Tartu_linnavalitsus, lk 15
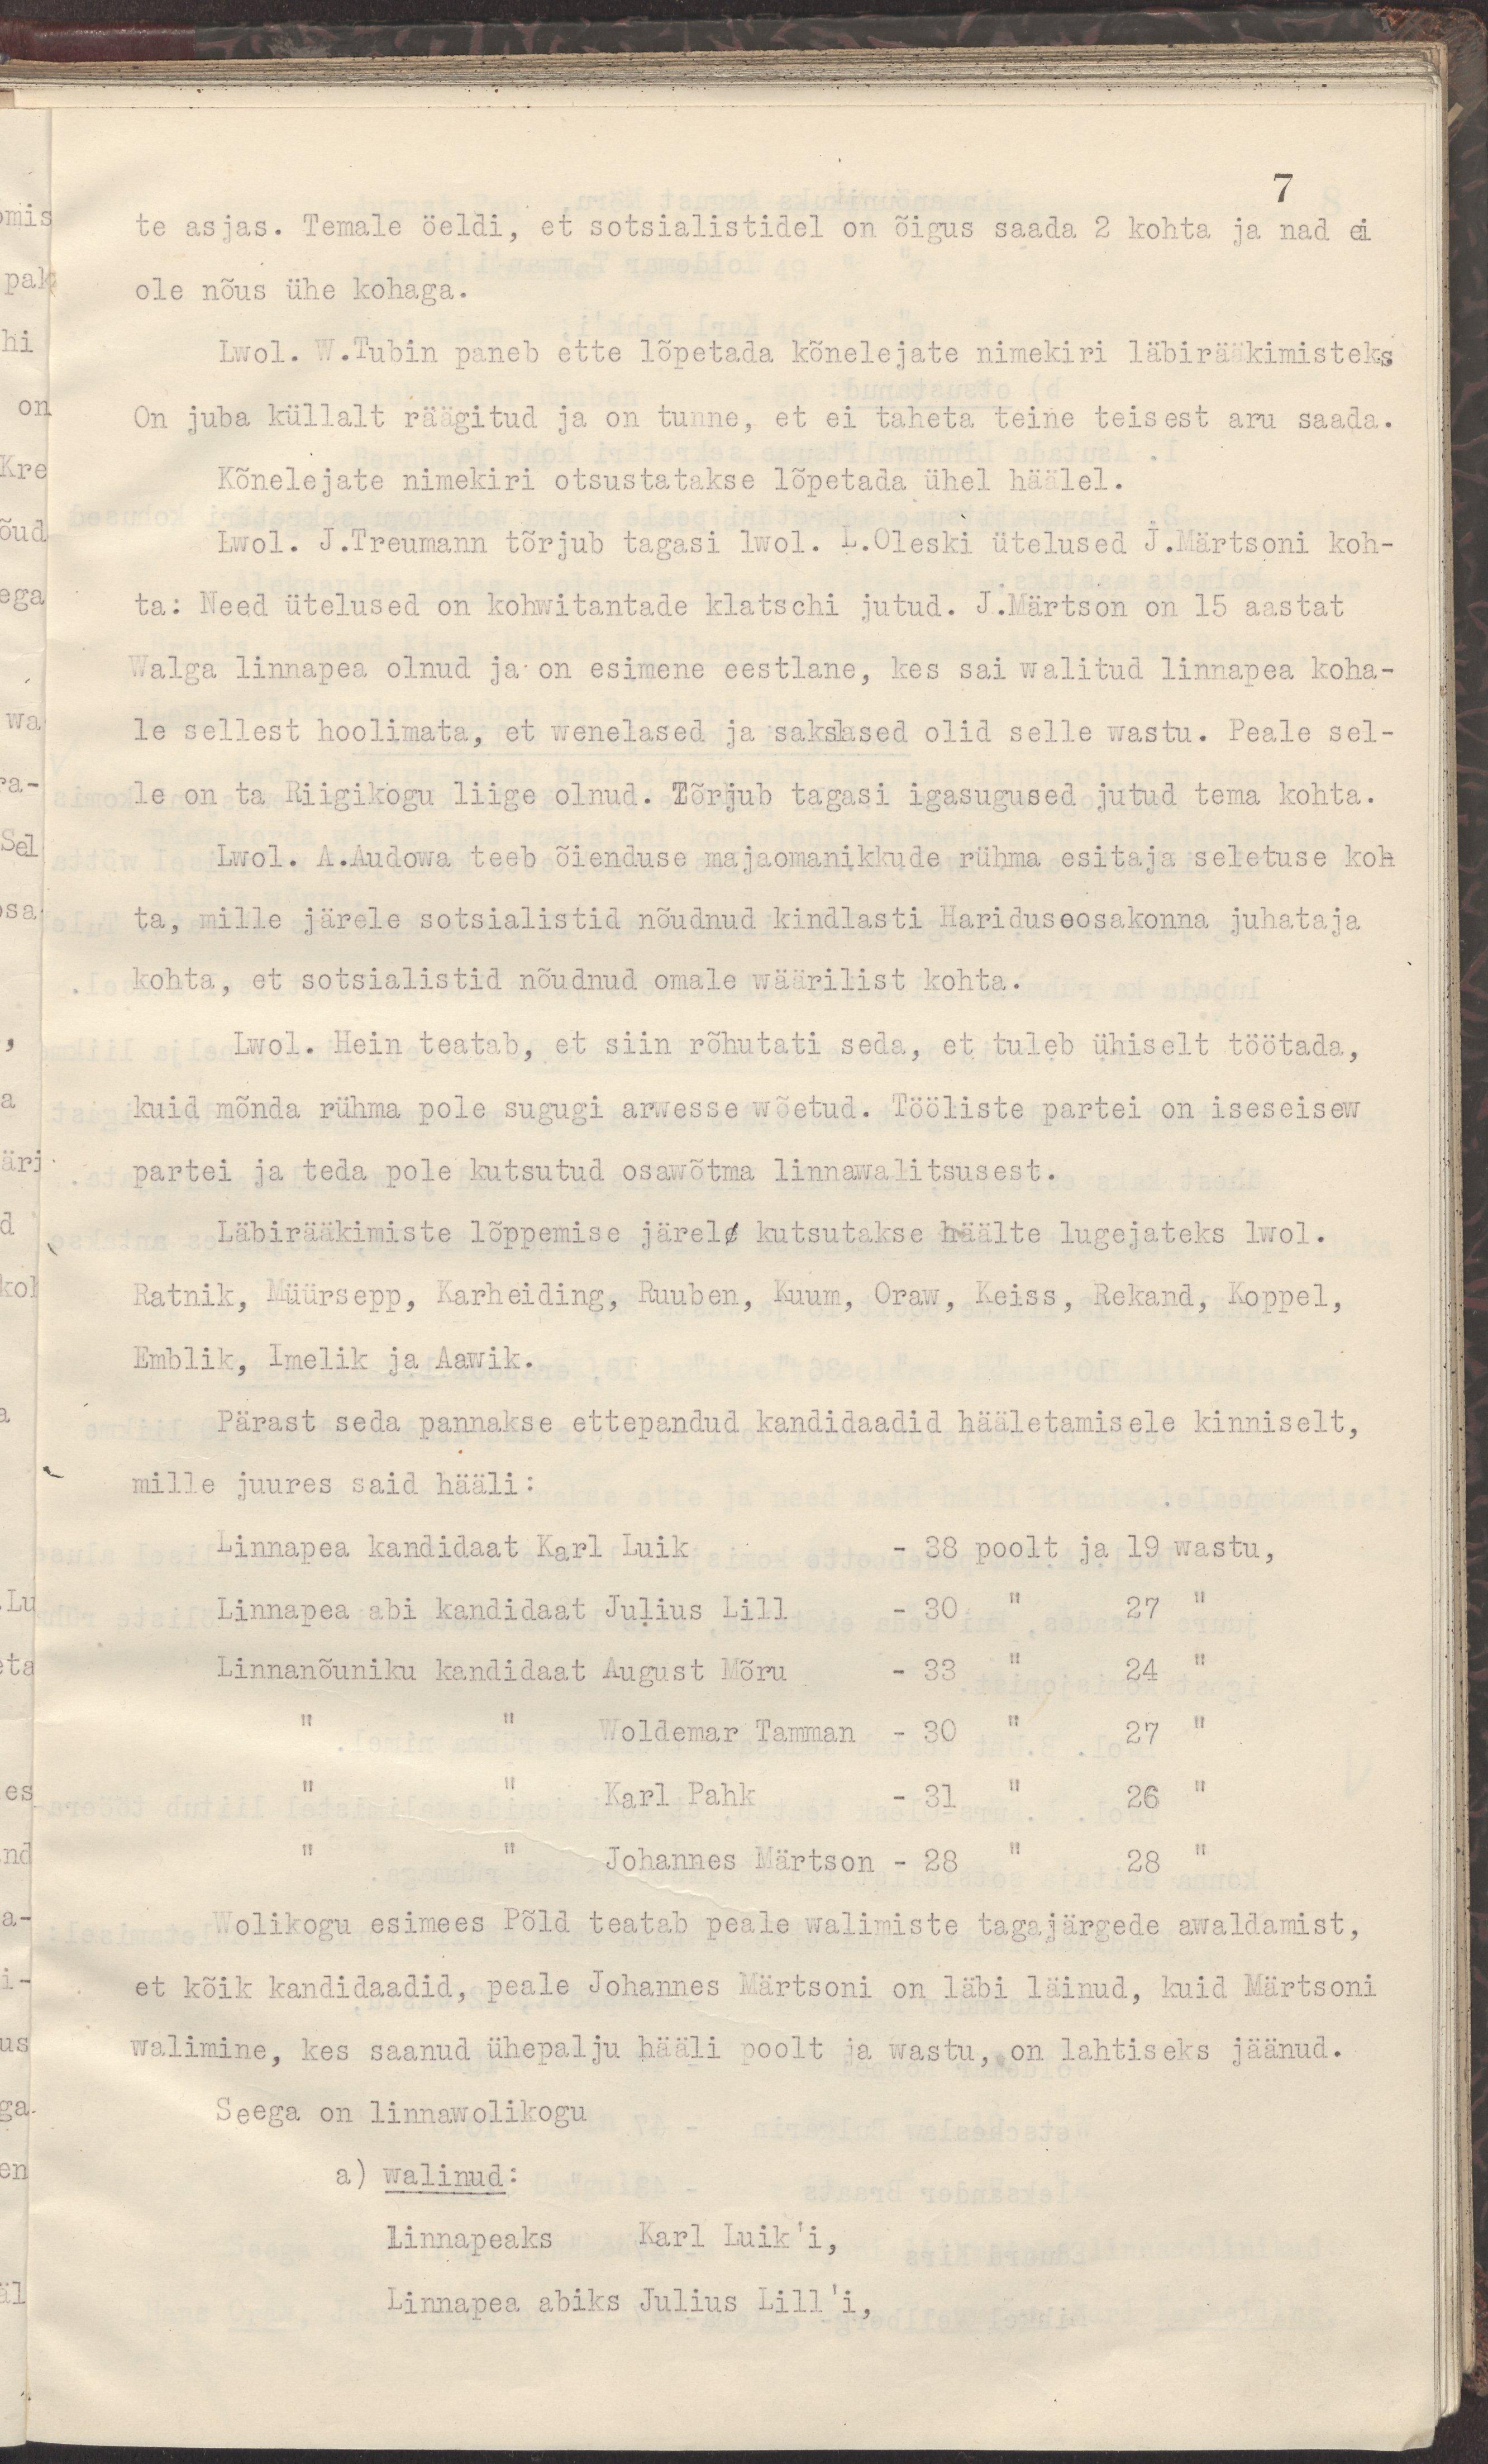
7
te asjas. Temale öeldi, et sotsialistidel on õigus saada 2 kohta ja nad ei
ole nõus ühe kohaga.
Lwol. W.Tubin paneb ette lõpetada kõnelejate nimekiri läbirääkimisteks
On juba küllalt räägitud ja on tunne, et ei taheta teine teisest aru saada.
Kõnelejate nimekiri otsustatakse lõpetada ühel häälel.
Lwol. J.Treumann tõrjub tagasi lwol. L.Oleski ütelused J.Märtsoni koh-
ta: Need ütelused on kohwitantade klatschi jutud. J.Märtson on 15 aastat
Walga linnapea olnud ja on esimene eestlane, kes sai walitud linnapea koha-
le sellest hoolimata, et wenelased ja sakslased olid selle wastu. Peale sel-
le on ta Riigikogu liige olnud. Tõrjub tagasi igasugused jutud tema kohta.
Lwol. A.Audowa teeb õienduse majaomanikkude rühma esitaja seletuse koh
ta, mille järele sotsialistid nõudnud kindlasti Haridusosakonna juhataja
kohta, et sotsialistid nõudnud omale wäärilist kohta.
Lwol. Hein teatab, et siin rõhutati seda, et tuleb ühiselt töötada,
kuid mõnda rühma pole sugugi arwesse wõetud. Tööliste partei on iseseisew
partei ja teda pole kutsutud osawõtma linnawalitsusest.
Läbirääkimiste lõppemise järele kutsutakse häälte lugejateks lwol.
Ratnik, Müürsepp, Karheiding, Ruuben, Kuum, Oraw, Keiss, Rekand, Koppel,
Emblik, Imelik ja Aawik.
Pärast seda pannakse ettepandud kandidaadid hääletamisele kinniselt,
mille juures said hääli:
Linnapea kandidaat Karl Luik - 38 poolt ja 19 wastu,
Linnapea abi kandidaat Julius Lill - 30 " 27 "
Linnanõuniku kandidaat August Mõru - 33 " 24 "
" " Woldemar Tamman - 30 " 27 "
" " Karl Pahk - 31 " 26 "
" " Johannes Märtson - 28 " 28 "
Wolikogu esimees Põld teatab peale walimiste tagajärgede awaldamist,
et kõik kandidaadid, peale Johannes Märtsoni on läbi läinud, kuid Märtsoni
walimine, kes saanud ühepalju häält poolt ja wastu, on lahtiseks jäänud.
Seega on linnawolikogu
a) walinud:
Linnapeaks Karl Luik'i,
Linnapea abiks Julius Lill'i,